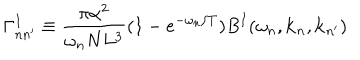
LaTeX: \Gamma _ { n n ^ { \prime } } ^ { I } \equiv \frac { \pi \alpha ^ { 2 } } { \omega _ { n } N L ^ { 3 } } ( 1 - e ^ { - \omega _ { n } / T } ) B ^ { I } ( \omega _ { n } , { \bf k } _ { n } , { \bf k } _ { n ^ { \prime } } )